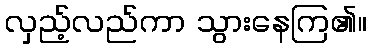
လှည့်လည်ကာ သွားနေကြ၏။